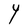
Character: Y